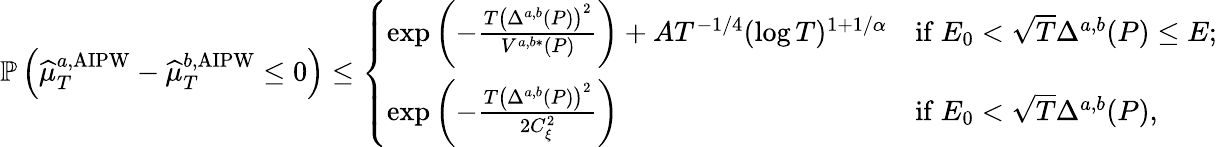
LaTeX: \begin{array}{r}{\mathbb{P}\left(\widehat{\mu}_{T}^{a,\mathrm{AIPW}}-\widehat{\mu}_{T}^{b,\mathrm{AIPW}}\leq 0\right)\leq\left\{ \begin{array}{ll}{\exp\left(-\frac{T\left(\Delta^{a,b}(P)\right)^{2}}{V^{a,b*}(P)}\right)+AT^{-1/4}(\log T)^{1+1/\alpha}}&{\mathrm{if}\ E_{0}<\sqrt{T}\Delta^{a,b}(P)\leq E;}\\ {\exp\left(-\frac{T\left(\Delta^{a,b}(P)\right)^{2}}{2C_{\xi}^{2}}\right)}&{\mathrm{if}\ E_{0}<\sqrt{T}\Delta^{a,b}(P),}\end{array}\right.}\end{array}